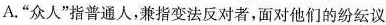
A.”众人”指普通人，兼指变法反对者，面对他们的纷纭议